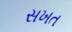
સખત